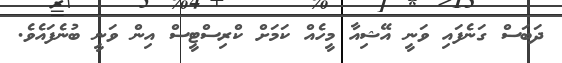
ދަބަސް ގަނެފައި ވަނީ އޭޝިއާ މީހެއް ކަމަށް ކްރިސްޓީސް އިން ވަނީ ބުނެފައެވެ.